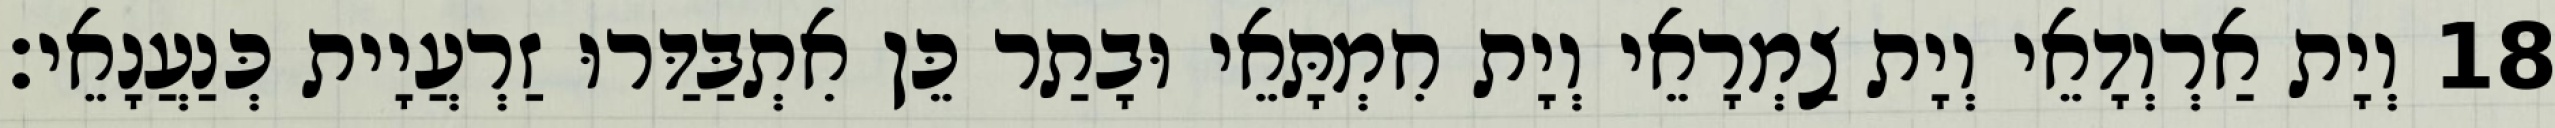
18 וְיָת אַרְוְדָאֵי וְיָת צַמְרָאֵי וְיָת חִמְתָּאֵי וּבָתַר כֵּן אִתְבַּדַּרוּ זַרְעֲיָית כְּנַעֲנָאֵי׃